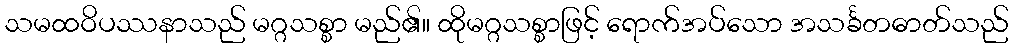
သမထဝိပဿနာသည် မဂ္ဂသစ္စာ မည်၏။ ထိုမဂ္ဂသစ္စာဖြင့် ရောက်အပ်သော အသင်္ခတဓာတ်သည်